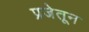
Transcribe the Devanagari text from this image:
प्रजेतून